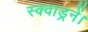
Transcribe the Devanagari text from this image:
स्क्वाड्रनें।